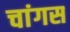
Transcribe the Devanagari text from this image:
चांगस